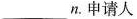
___ n. 申请人